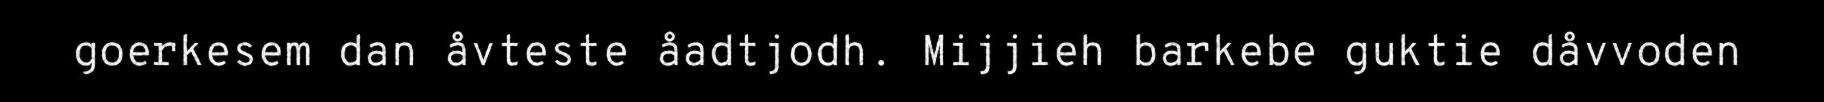
goerkesem dan åvteste åadtjodh. Mijjieh barkebe guktie dåvvoden